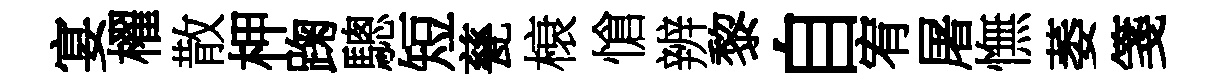
宴櫂散柙踘驄短甆榱愴辨黎自宥屠憮萎箋